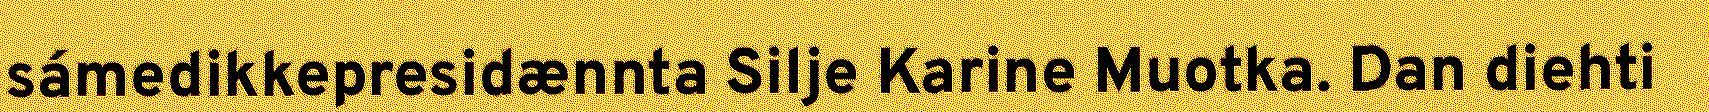
sámedikkepresidænnta Silje Karine Muotka. Dan diehti